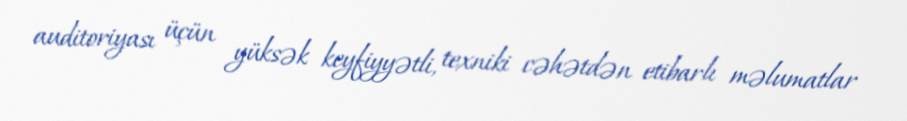
auditoriyası üçün yüksək keyfiyyətli, texniki cəhətdən etibarlı məlumatlar